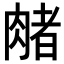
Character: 𬛃